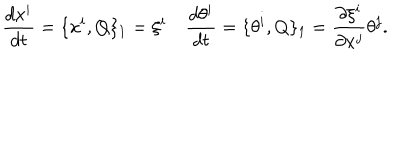
\frac { d x ^ { i } } { d t } = \{ x ^ { i } , Q \} _ { 1 } = \xi ^ { i } \quad \frac { d \theta ^ { i } } { d t } = \{ \theta ^ { i } , Q \} _ { 1 } = \frac { \partial \xi ^ { i } } { \partial x ^ { j } } \theta ^ { j } .